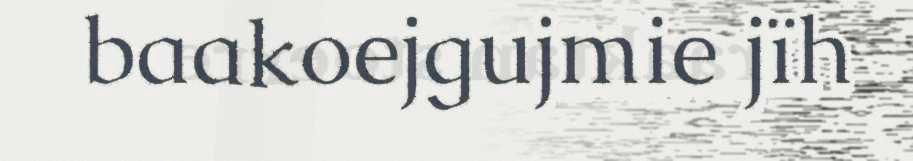
baakoejgujmie jïh